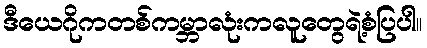
ဒီယေဂိုကတစ်ကမ္ဘာလုံးကလူတွေရဲ့စံပြပါ။